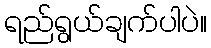
ရည်ရွယ်ချက်ပါပဲ။